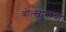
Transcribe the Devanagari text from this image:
बोत्स्वानाचा